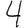
Digit: 4